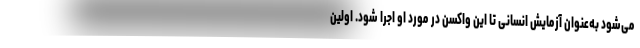
می‌شود به‌عنوان آزمایش انسانی تا این واکسن در مورد او اجرا شود. اولین